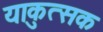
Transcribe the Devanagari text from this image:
याकुत्सक